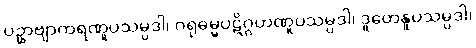
ပဥှာဗျာကရဏူပသမ္ပဒါ၊ ဂရုဓမ္မပဋိဂ္ဂဟဏူပသမ္ပဒါ၊ ဒူတေနူပသမ္ပဒါ၊